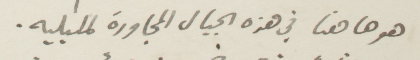
هوها هنا في هذه الجبال المجاورة لمليله.